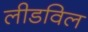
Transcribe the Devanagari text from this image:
लीडविल